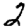
Digit: 2